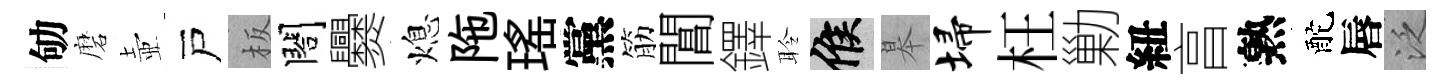
劬磨壺戸板閤爨熄陁瑤黨筋閶鐸聆候皋埽枉勦紐亯熟酡唇泛